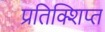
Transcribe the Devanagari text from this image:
प्रतिक्शिप्त